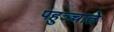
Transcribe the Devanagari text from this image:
पहुञ्चाते